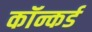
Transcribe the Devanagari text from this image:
कॉन्कर्ड